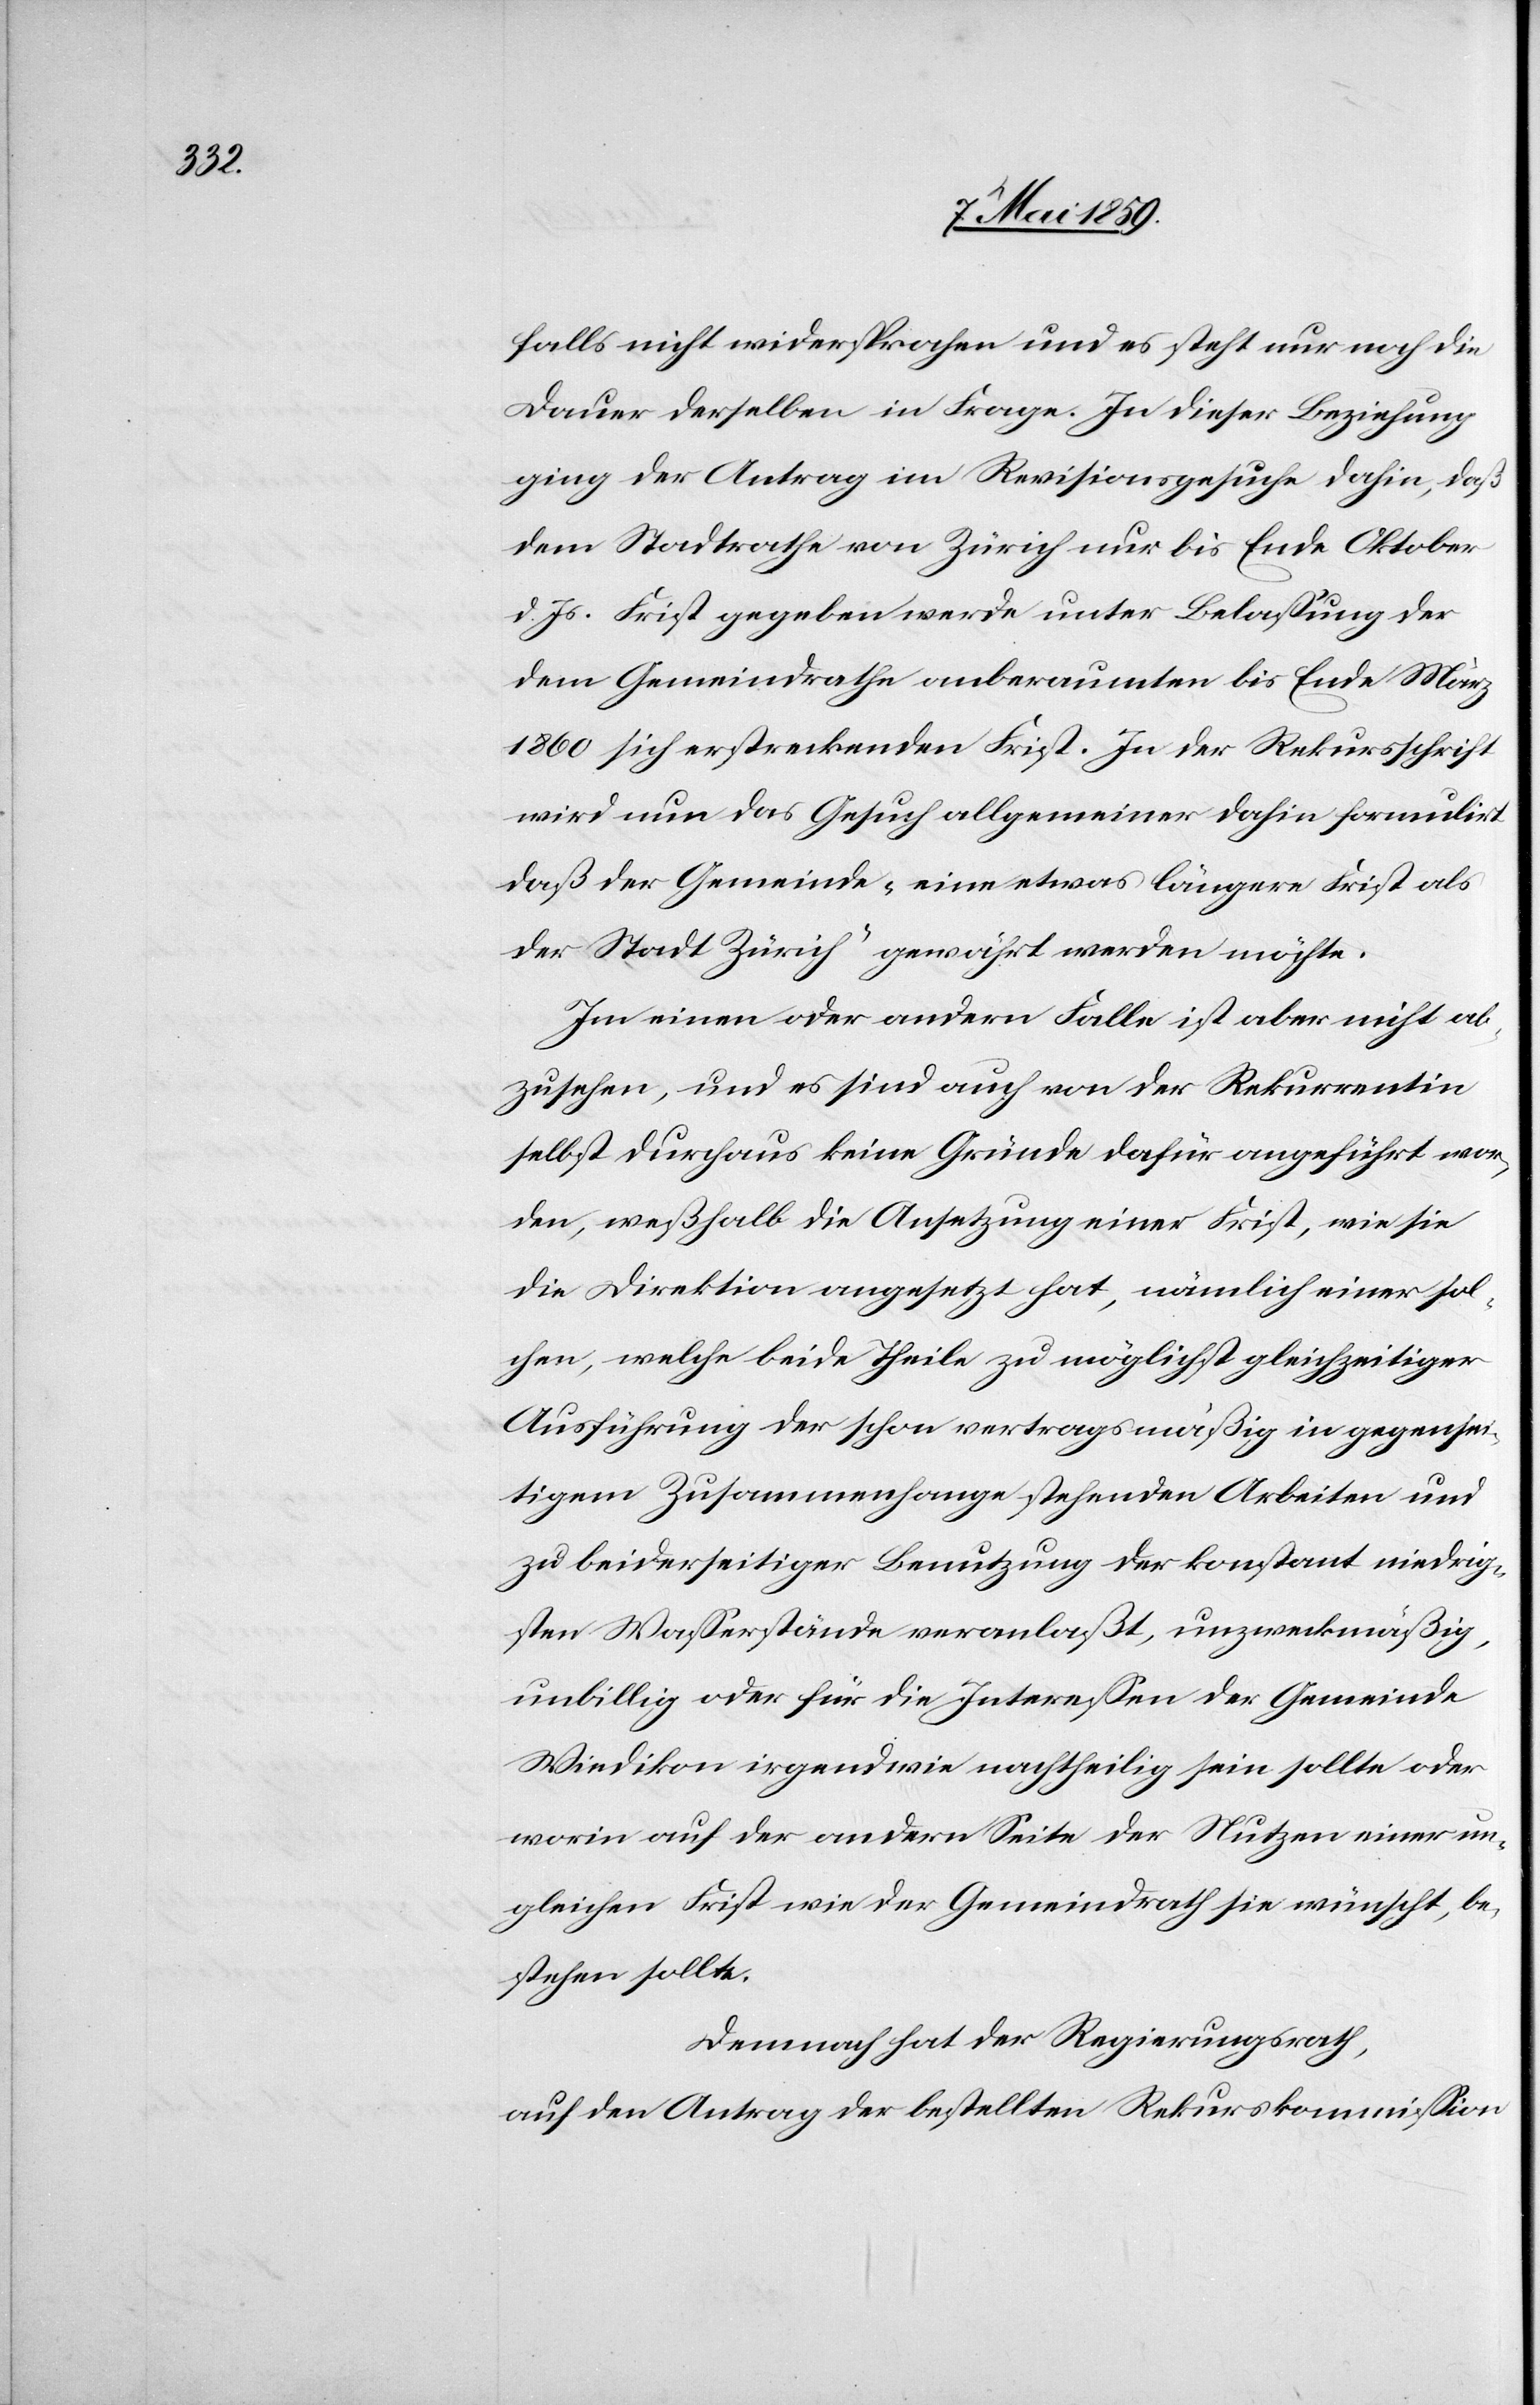
falls nicht widersprochen und es steht nur noch die
Dauer derselben in Frage. In dieser Beziehung
ging der Antrag im Revisionsgesuche dahin, daß
dem Stadtrathe von Zürich nur bis Ende Oktober
d. Js. Frist gegeben werde unter Belaßung der
dem Gemeindrathe anberaumten bis Ende März
1860 sich erstreckenden Frist. In der Rekursschrift
wird nun das Gesuch allgemeiner dahin formulirt
daß der Gemeinde „eine etwas längere Frist als
der Stadt Zürich“ gewährt werden möchte.
Im einen oder andern Falle ist aber nicht ab¬
zusehen, und es sind auch von der Rekurrentin
selbst durchaus keine Gründe dafür angeführt wor¬
den, weßhalb die Ansetzung einer Frist, wie sie
die Direktion angesetzt hat, nämlich einer sol¬
chen, welche beide Theile zu möglichst gleichzeitiger
Ausführung der schon vertragsmäßig in gegense¬
itigem Zusammenhange stehenden Arbeiten und
zu beiderseitiger Benutzung der konstant niedrig¬
sten Waßerstände veranlaßt, unzweckmäßig,
unbillig oder für die Intereßen der Gemeinde
Wiedikon irgendwie nachtheilig sein sollte oder
worin auf der andern Seite der Nutzen einer un¬
gleichen Frist wie der Gemeindrath sie wünscht, be¬
stehen sollte.
Demnach hat der Regierungsrath,
auf den Antrag der bestellten Rekurskommißion